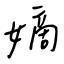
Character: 嫡